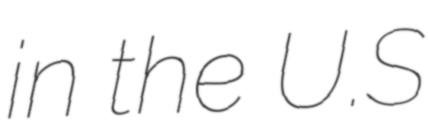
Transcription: in the U.S